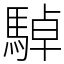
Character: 䮓